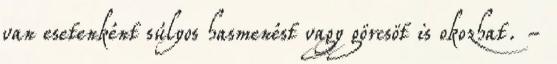
van esetenként súlyos hasmenést vagy görcsöt is okozhat. -